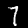
Label: 7